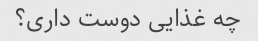
چه غذایی دوست داری؟